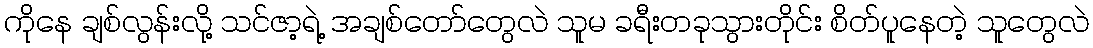
ကိုနေ ချစ်လွန်းလို့ သင်ဇာ့ရဲ့ အချစ်တော်တွေလဲ သူမ ခရီးတခုသွားတိုင်း စိတ်ပူနေတဲ့ သူတွေလဲ